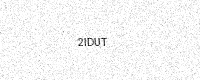
Text: 2IDUT